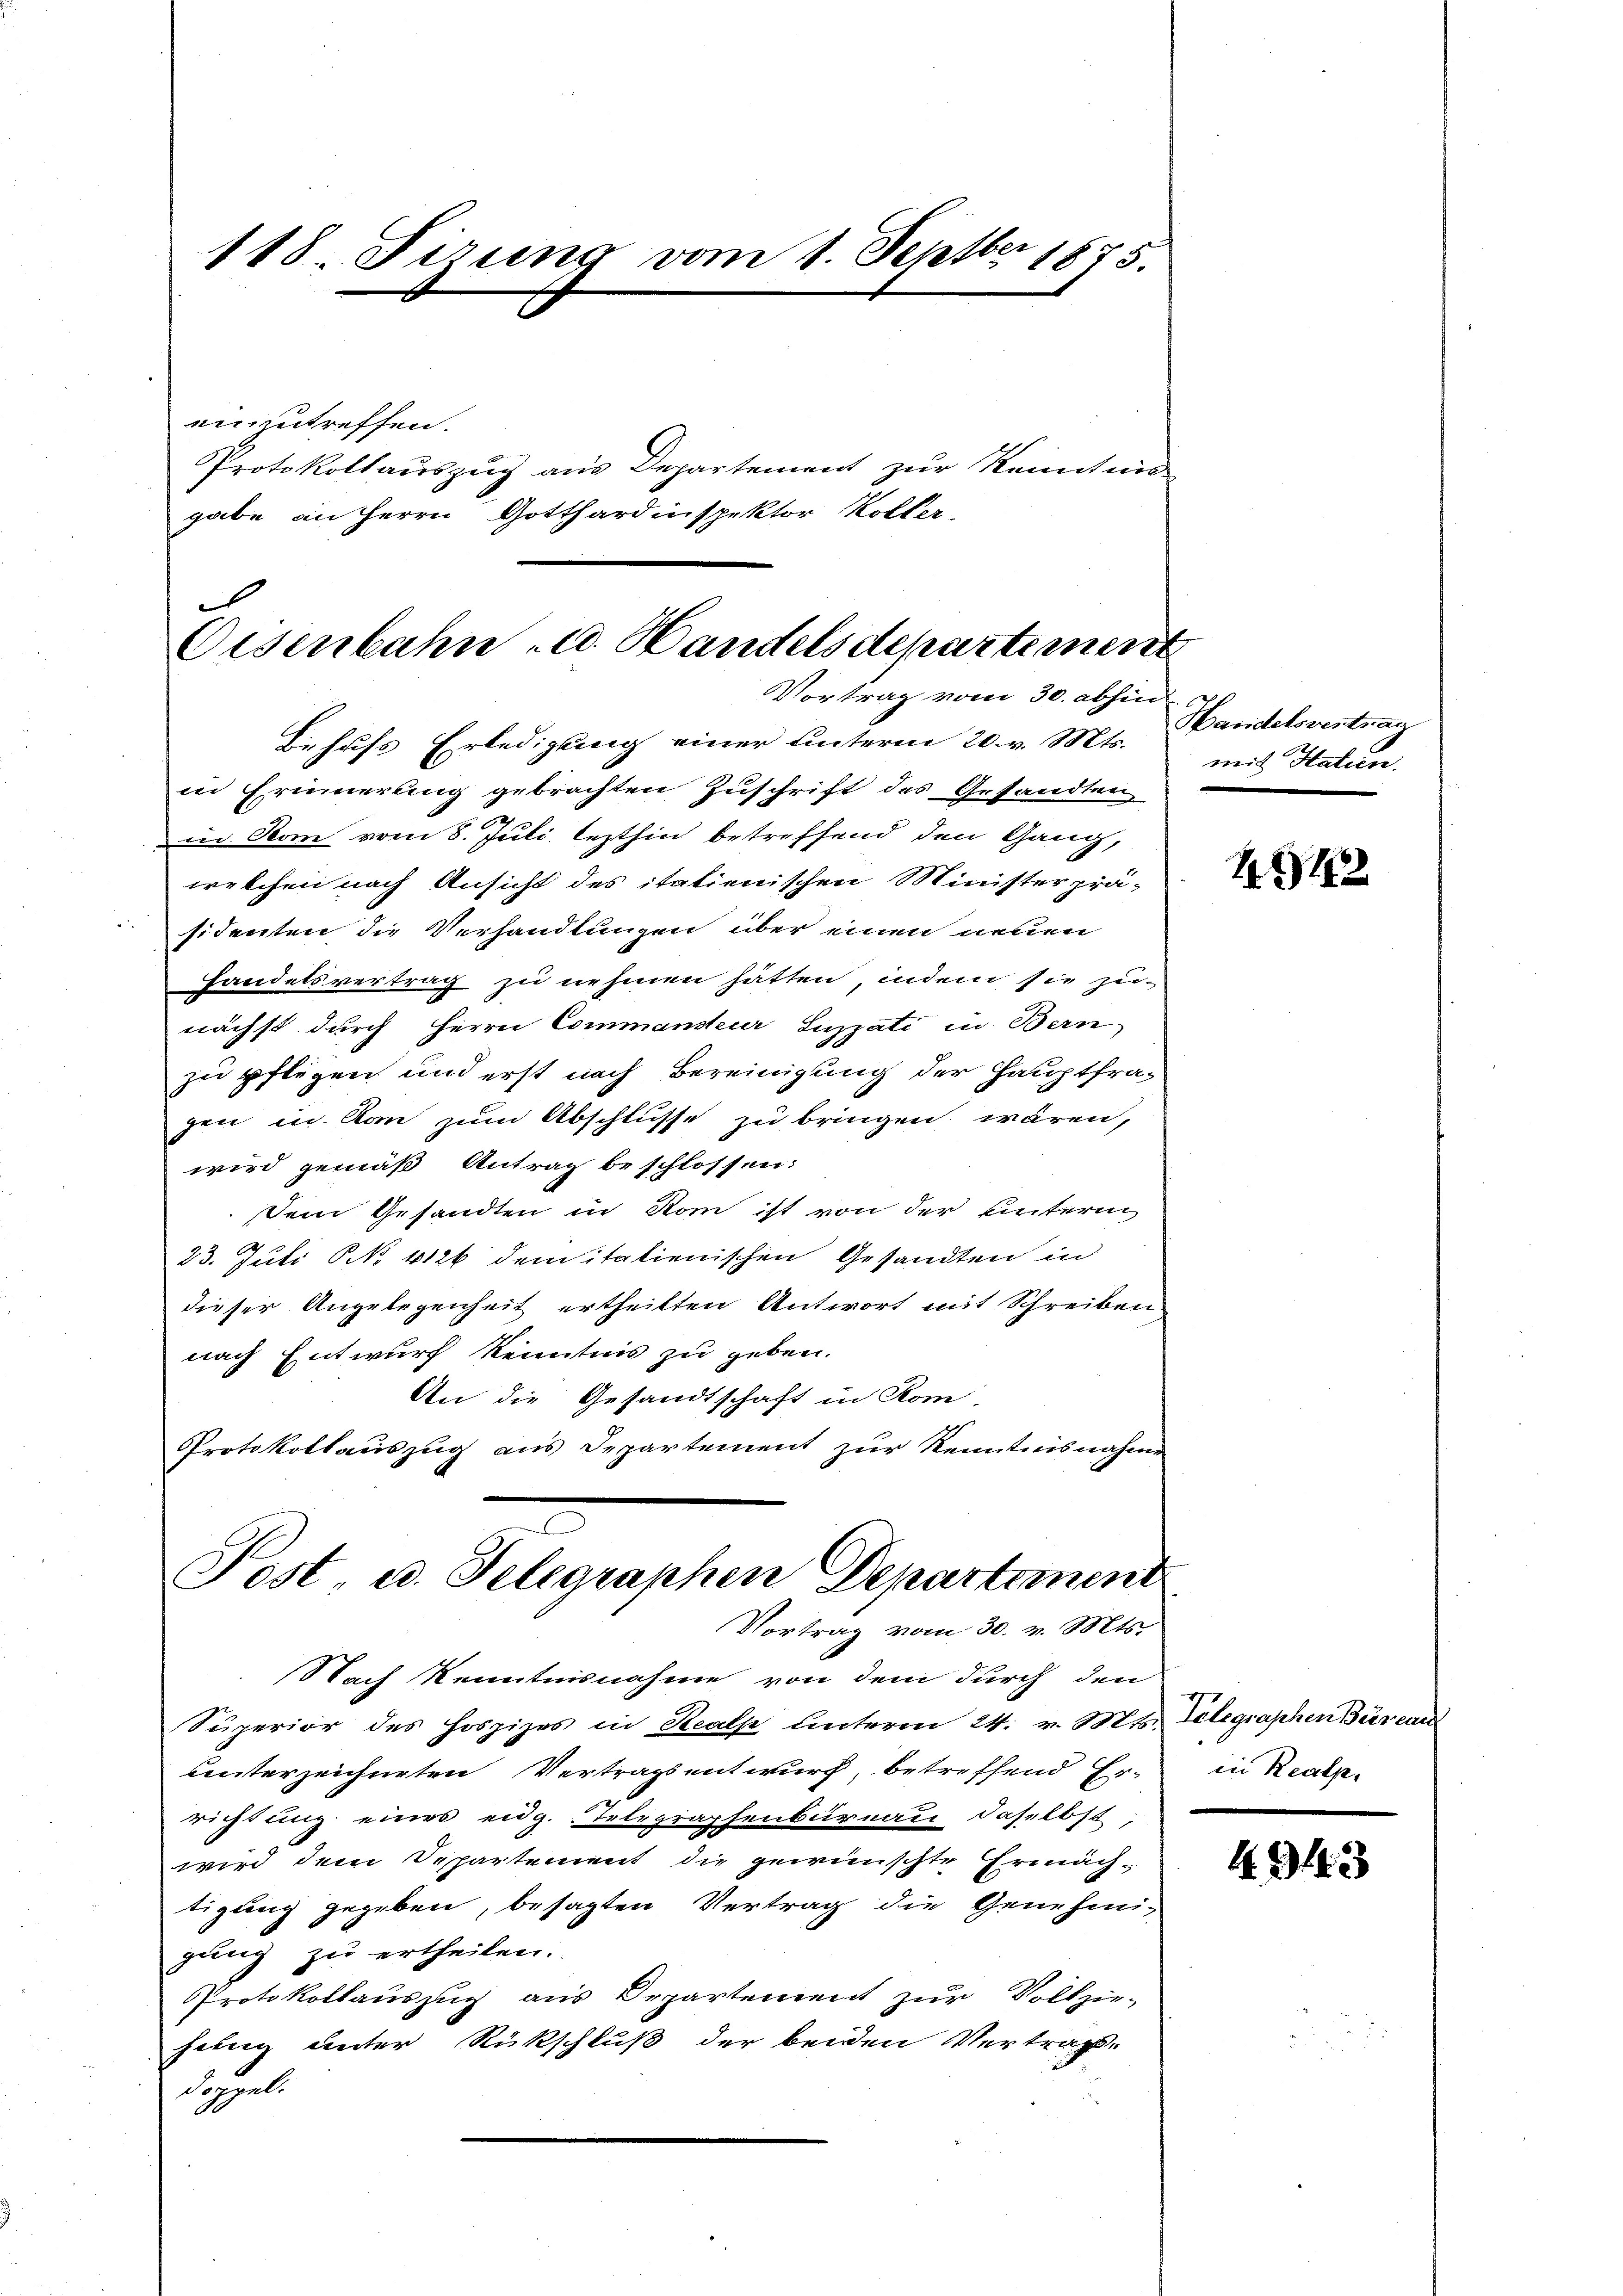
118. Firung vom 1. Septbr 1875.
einzutreffen.
Protokollauszug aus Departement zur Kenntin-
gabe an Herrn Gotthardinspektor Koller,

.
Eisenbahn u. Handelsdepartement
Vortrag vom 30. abhin
Behufs Erledigung einer unterm 20. v. Mts.

in Erinnerung gebrachten Zuschrift des Gesandten,
Die Stom vom 8. Juli lezthin betreffend den Gang,
welchen nach Ansicht des italienischen Minister prä-
sidenten die Verhandlungen über einen neuen
Handelsvertrag zu nehmen hätten, indem sie zeinächst durch Herrn Commansteur Sizzati in Bern
zu pflegen und erst nach Bereinigung der Hauptfra-
gen in kan zum Abschlusse zu bringen wären,
wird gemäß Antrag beschlossen:
Dem Gesandten in Rom ist von der unterm
23. Juli No 1126 dem italienischen Gesandten in
dieser Angelegenheit ertheilten Antwort mit Schreiben
nach Entwurf kenntnis zu geben.
An die Gesandtschaft in Kom
Protokollauszug aus Departement zur Kenntnisnahme
Post, u. Telegraphen Departement
Vortrag vom 30. v. Mts.

Nach Kenntnisnahme von dem durch den
Superior des Hoszizes in Realp unterm 24. v. Mts. Telegraphen Bureau
unterzeichneten Vertragsentwurf, betreffend Er-
richtung eines eidg. Telegraphenburnau, daselbst,
wird dem Departement die gewünschte Ermächtigung gegeben, besagten Vertrag die Genehmigung zu ertheilen.
Protokollauszug aus Departement zur Vollzie-
silen unter Rückschluß der beiden Vertragsdoppel

Handelsvertrag
mit Hatien.

19

in Realp.

4943